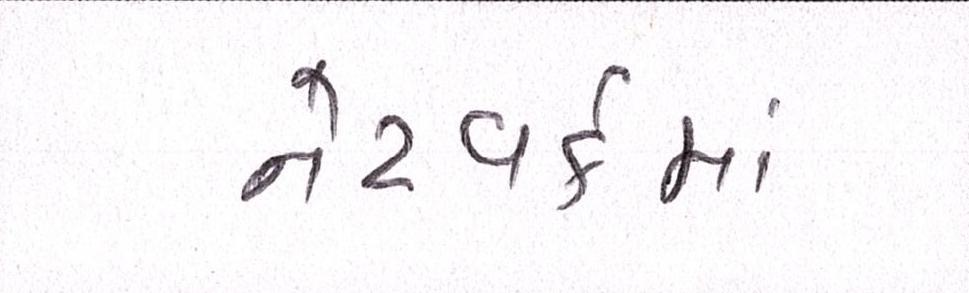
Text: નેટવર્કમાં